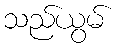
သည်ယွမ်